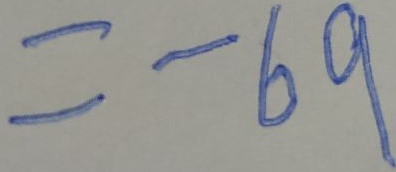
= - 6 9